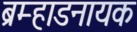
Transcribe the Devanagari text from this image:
ब्रम्हाडनायक